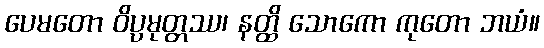
ပေမတော ဝိပ္ပမုတ္တဿ၊ နတ္ထိ သောကော ကုတော ဘယံ။